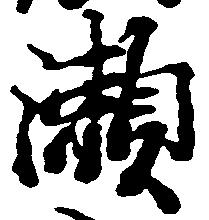
瀬